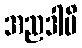
အညဒါပိ